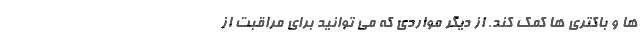
ها و باکتری ها کمک کند. از دیگر مواردی که می توانید برای مراقبت از